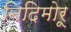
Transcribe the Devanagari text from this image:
निदिमोरू